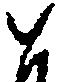
と